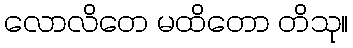
လောလိတေ မထိတော တိသု။